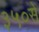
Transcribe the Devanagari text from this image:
३५०से